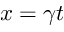
x = \gamma t